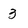
Character: 3